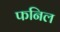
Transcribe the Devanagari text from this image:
फनिल